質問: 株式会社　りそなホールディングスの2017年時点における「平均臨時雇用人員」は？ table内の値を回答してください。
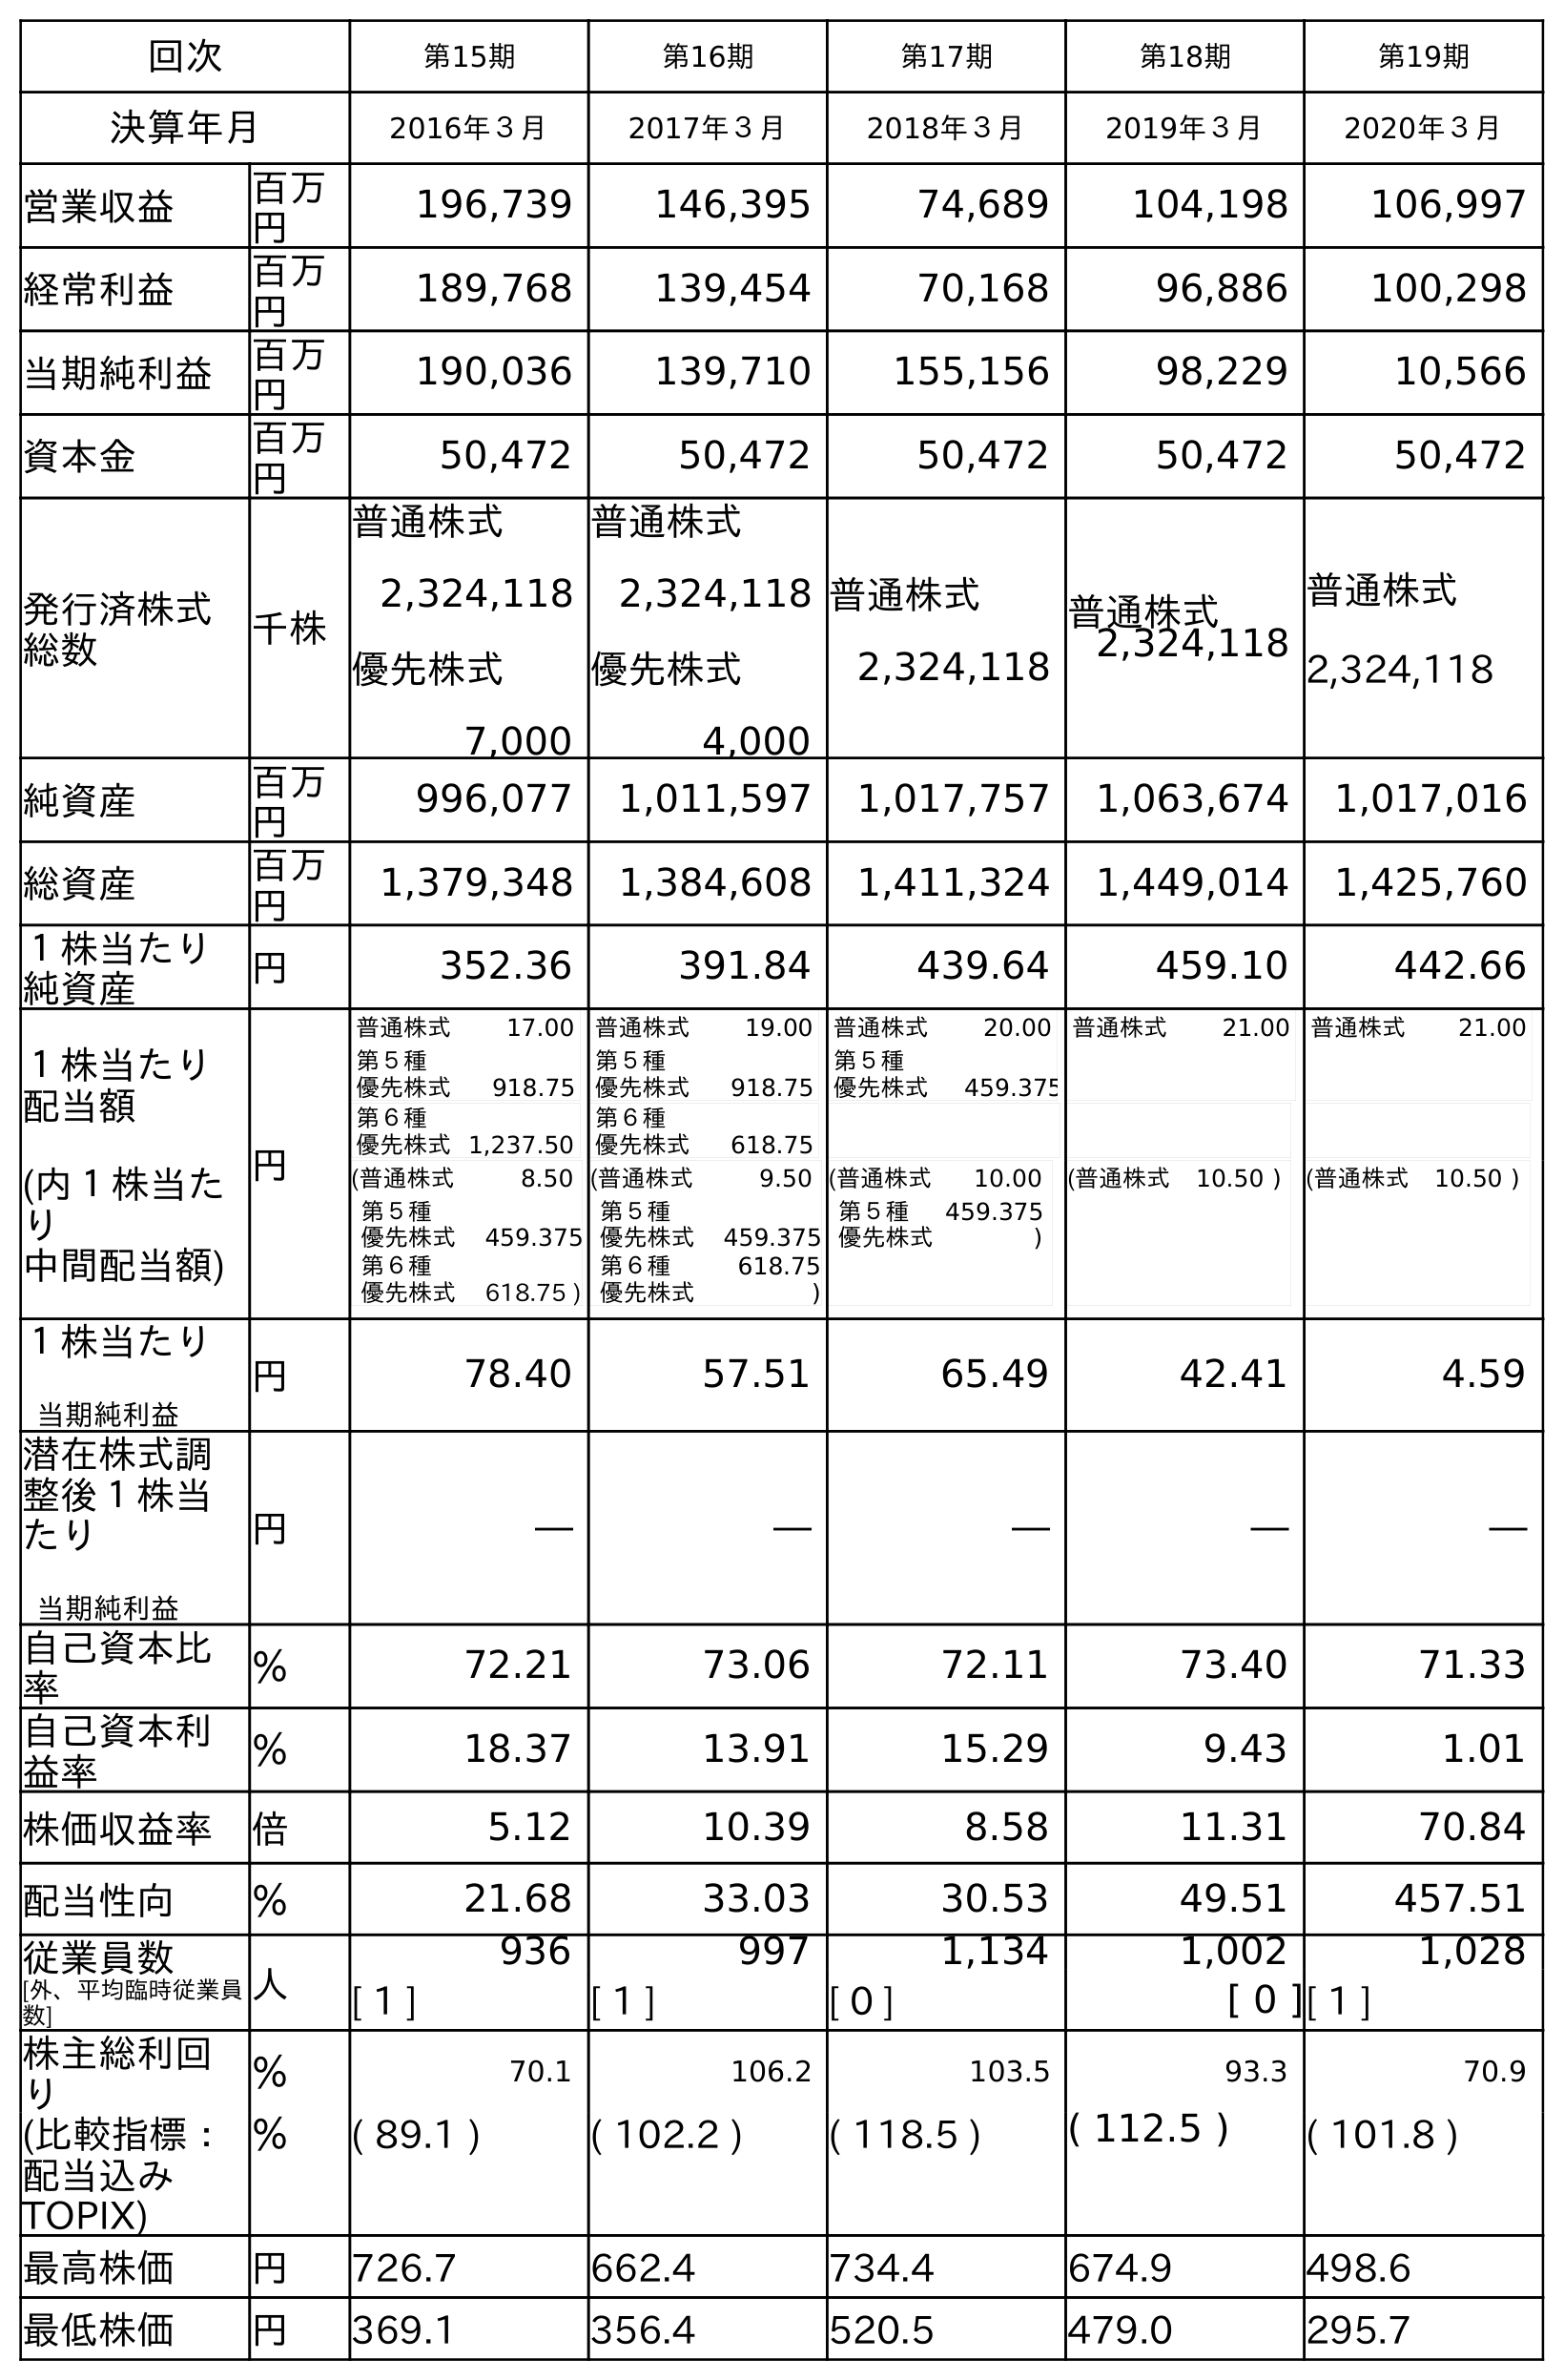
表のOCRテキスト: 回次 第15期 第16期 第17期 第18期 第19期 決算年月 2016年３月 2017年３月 2018年３月 2019年３月 2020年３月 営業収益 百万 円 196,739 146,395 74,689 104,198 106,997 経常利益 百万 円 189,768 139,454 70,168 96,886 100,298 当期純利益 百万 円 190,036 139,710 155,156 98,229 10,566 資本金 百万 円 50,472 50,472 50,472 50,472 50,472 発行済株式 総数 千株 普通株式 2,324,118 優先株式 7,000 普通株式 2,324,118 優先株式 4,000 普通株式 2,324,118 普通株式 2,324,118 普通株式 2,324,118 純資産 百万 円 996,077 1,011,597 1,017,757 1,063,674 1,017,016 総資産 百万 円 1,379,348 1,384,608 1,411,324 1,449,014 1,425,760 １株当たり 純資産 円 352.36 391.84 439.64 459.10 442.66 １株当たり 配当額 (内１株当た り 中間配当額) 円 普通株式 17.00 第５種 優先株式 918.75 第６種 優先株式1,237.50 普通株式 19.00 第５種 優先株式 918.75 第６種 優先株式 618.75 普通株式 20.00 第５種 優先株式 459.375 普通株式 21.00 普通株式 21.00 (普通株式 8.50 第５種 優先株式 459.375 第６種 優先株式 618.75 ) (普通株式 9.50 第５種 優先株式 459.375 第６種 優先株式 618.75 ) (普通株式 10.00 第５種 優先株式 459.375 ) (普通株式 10.50 ) (普通株式 10.50 ) １株当たり 当期純利益 円 78.40 57.51 65.49 42.41 4.59 潜在株式調 整後１株当 たり 当期純利益 円 ― ― ― ― ― 自己資本比 率 ％ 72.21 73.06 72.11 73.40 71.33 自己資本利 益率 ％ 18.37 13.91 15.29 9.43 1.01 株価収益率 倍 5.12 10.39 8.58 11.31 70.84 配当性向 ％ 21.68 33.03 30.53 49.51 457.51 従業員数 [外、平均臨時従業員 数] 人 936 997 1,134 1,002 1,028 [ 1 ] [ 1 ] [ 0 ] [ 0 ][ 1 ] 株主総利回 り ％ 70.1 106.2 103.5 93.3 70.9 (比較指標： 配当込み TOPIX) ％ ( 89.1 ) ( 102.2 ) ( 118.5 ) ( 112.5 ) ( 101.8 ) 最高株価 円 726.7 662.4 734.4 674.9 498.6 最低株価 円 369.1 356.4 520.5 479.0 295.7
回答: [1]